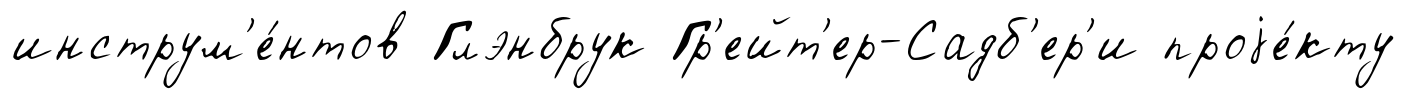
инструм'е́нтов Глэнбрук Гр'ейт'ер-Садб'ер'и проjе́кту